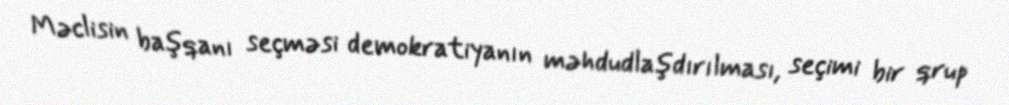
Məclisin başqanı seçməsi demokratiyanın məhdudlaşdırılması, seçimi bir qrup